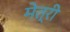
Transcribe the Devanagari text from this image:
मेत्री